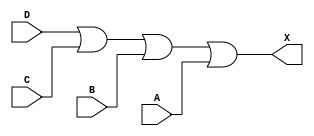
/*
 * Copyright 2020 The SkyWater PDK Authors
 *
 * Licensed under the Apache License, Version 2.0 (the "License");
 * you may not use this file except in compliance with the License.
 * You may obtain a copy of the License at
 *
 *     https://www.apache.org/licenses/LICENSE-2.0
 *
 * Unless required by applicable law or agreed to in writing, software
 * distributed under the License is distributed on an "AS IS" BASIS,
 * WITHOUT WARRANTIES OR CONDITIONS OF ANY KIND, either express or implied.
 * See the License for the specific language governing permissions and
 * limitations under the License.
 *
 * SPDX-License-Identifier: Apache-2.0
*/


`ifndef SKY130_FD_SC_MS__OR4_BEHAVIORAL_V
`define SKY130_FD_SC_MS__OR4_BEHAVIORAL_V

/**
 * or4: 4-input OR.
 *
 * Verilog simulation functional model.
 */

`timescale 1ns / 1ps
`default_nettype none

`celldefine
module sky130_fd_sc_ms__or4 (
    X,
    A,
    B,
    C,
    D
);

    // Module ports
    output X;
    input  A;
    input  B;
    input  C;
    input  D;

    // Module supplies
    supply1 VPWR;
    supply0 VGND;
    supply1 VPB ;
    supply0 VNB ;

    // Local signals
    wire or0_out_X;

    //  Name  Output     Other arguments
    or  or0  (or0_out_X, D, C, B, A     );
    buf buf0 (X        , or0_out_X      );

endmodule
`endcelldefine

`default_nettype wire
`endif  // SKY130_FD_SC_MS__OR4_BEHAVIORAL_V